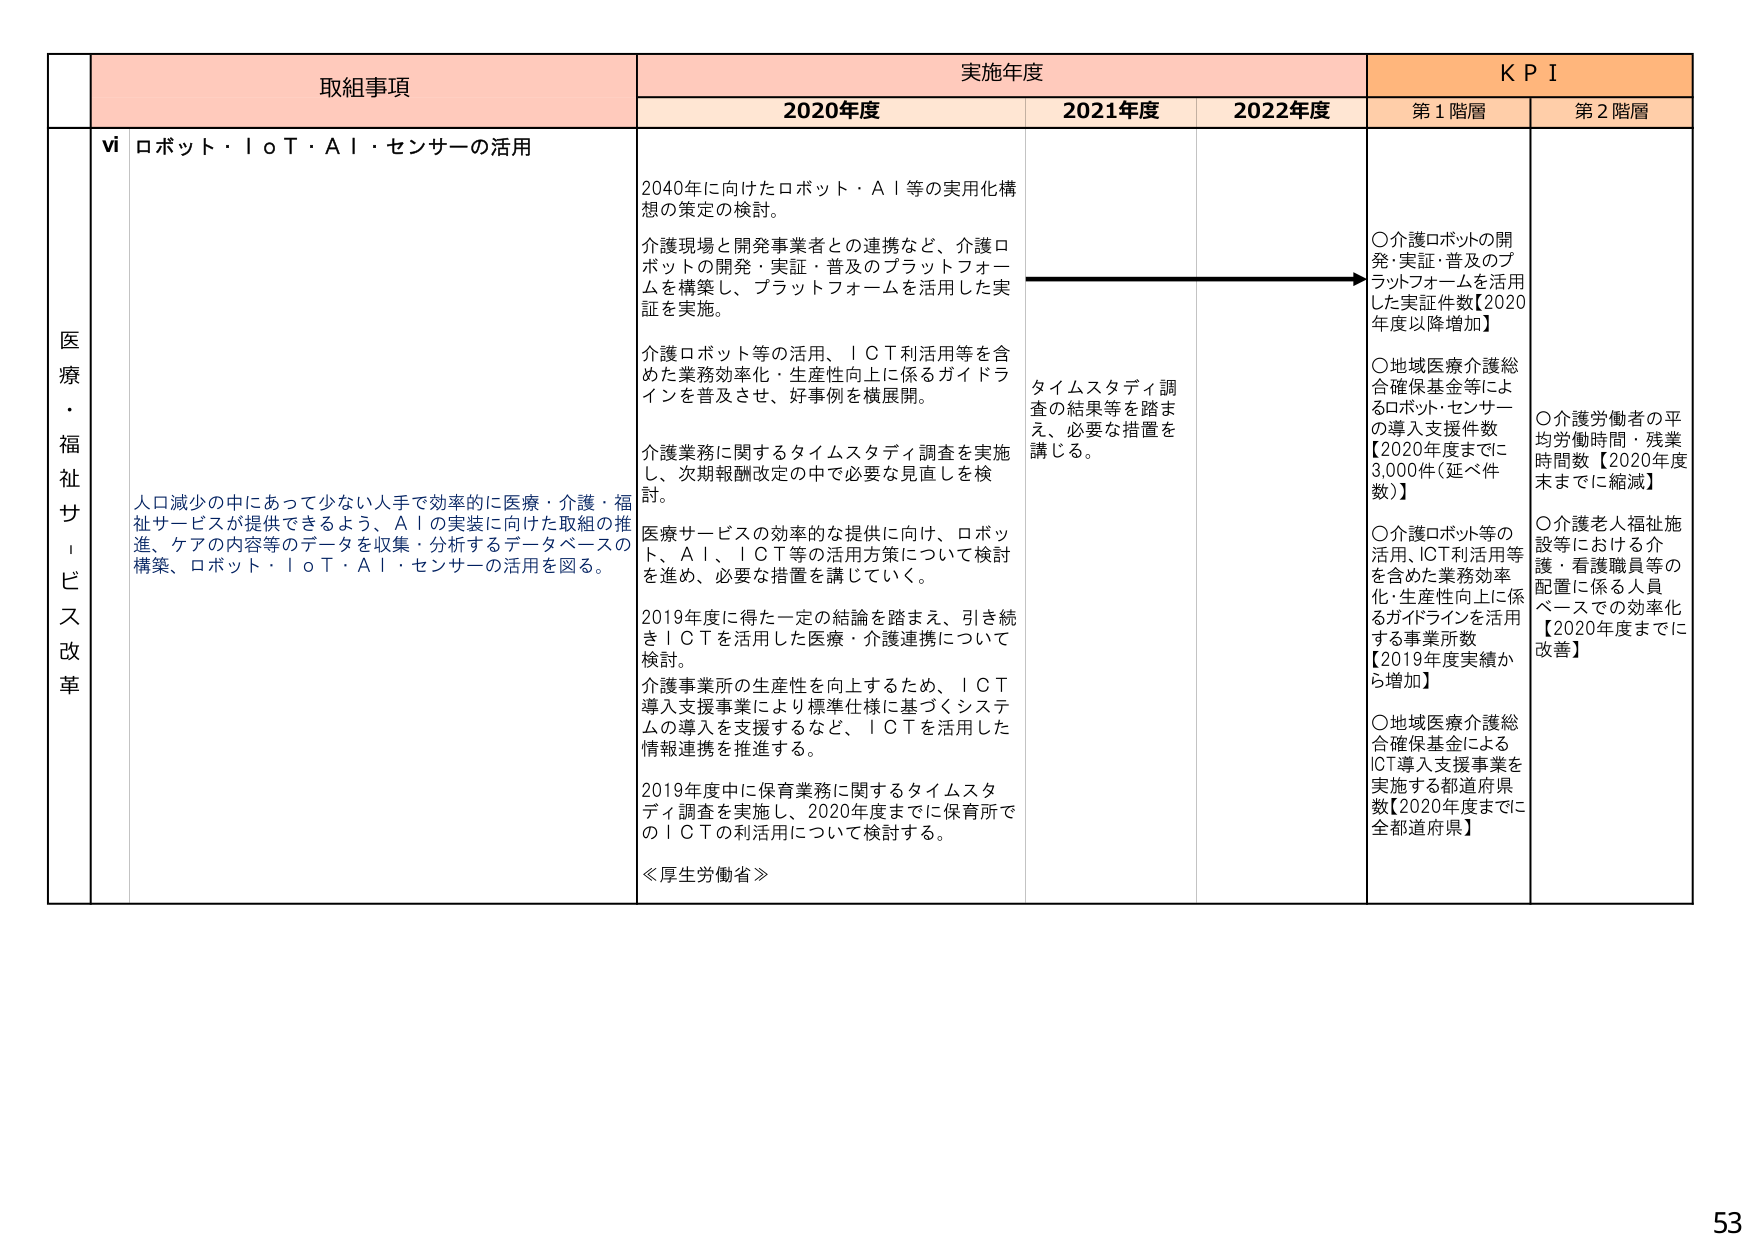
医療・福祉サービス改革

取組事項
vi ロボット・ＩｏＴ・ＡＩ・センサーの活用

人口減少の中にあって少ない人手で効率的に医療・介護・福祉サービスが提供できるよう、ＡＩの実装に向けた取組の推進、ケアの内容等のデータを収集・分析するデータベースの構築、ロボット・ＩｏＴ・ＡＩ・センサーの活用を図る。

実施年度
2020年度
2040年に向けたロボット・ＡＩ等の実用化構想の策定の検討。
介護現場と開発事業者との連携など、介護ロボットの開発・実証・普及のプラットフォームを構築し、プラットフォームを活用した実証を実施。
介護ロボット等の活用、ＩＣＴ利活用等を含めた業務効率化・生産性向上に係るガイドラインを普及させ、好事例を横展開。
介護業務に関するタイムスタディ調査を実施し、次期報酬改定の中で必要な見直しを検討。
医療サービスの効率的な提供に向け、ロボット、ＡＩ、ＩＣＴ等の活用方策について検討を進め、必要な措置を講じていく。
2019年度に得た一定の結論を踏まえ、引き続きＩＣＴを活用した医療・介護連携について検討。
介護事業所の生産性を向上するため、ＩＣＴ導入支援事業により標準仕様に基づくシステムの導入を支援するなど、ＩＣＴを活用した情報連携を推進する。
2019年度中に保育業務に関するタイムスタディ調査を実施し、2020年度までに保育所でのＩＣＴの利活用について検討する。
≪厚生労働省≫

2021年度
タイムスタディ調査の結果等を踏まえ、必要な措置を講じる。

2022年度

ＫＰＩ
第１階層
○介護ロボットの開発・実証・普及のプラットフォームを活用した実証件数【2020年度以降増加】
○地域医療介護総合確保基金等によるロボット・センサーの導入支援件数【2020年度までに3,000件（延べ件数）】
○介護ロボット等の活用、ICT利活用等を含めた業務効率化・生産性向上に係るガイドラインを活用する事業所数【2019年度実績から増加】
○地域医療介護総合確保基金によるICT導入支援事業を実施する都道府県数【2020年度までに全都道府県】

第２階層
○介護労働者の平均労働時間・残業時間数【2020年度末までに縮減】
○介護老人福祉施設等における介護・看護職員等の配置に係る人員ベースでの効率化【2020年度までに改善】

53